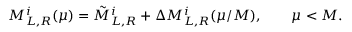
M _ { L , R } ^ { i } ( \mu ) = \tilde { M } _ { L , R } ^ { i } + \Delta M _ { L , R } ^ { i } ( \mu / M ) , \qquad \mu < M .